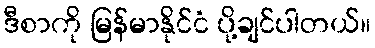
ဒီစာကို မြန်မာနိုင်ငံ ပို့ချင်ပါတယ်။